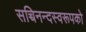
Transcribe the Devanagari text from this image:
सच्चिनन्दस्वरूपको